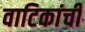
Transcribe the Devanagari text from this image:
वाटिकांची